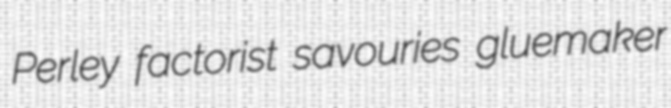
Perley factorist savouries gluemaker